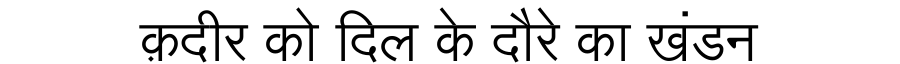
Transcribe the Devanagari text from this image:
क़दीर को दिल के दौरे का खंडन